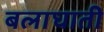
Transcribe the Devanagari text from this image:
बलाघाती